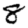
Digit: 8